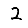
Digit: 2